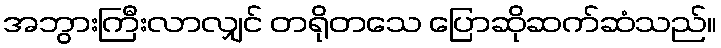
အဘွားကြီးလာလျှင် တရိုတသေ ပြောဆိုဆက်ဆံသည်။